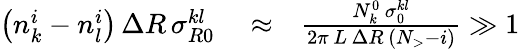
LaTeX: \begin{array}{rlr}{\left(n_{k}^{i}-n_{l}^{i}\right)\, \Delta R\, \sigma_{R0}^{kl}}&{{}\approx}&{\frac{N_{k}^{0}\, \sigma_{0}^{kl}}{2\pi\, L\, \Delta R\, \left(N_{>}-i\right)}\gg 1}\end{array}